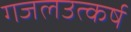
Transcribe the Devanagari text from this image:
गजलउत्कर्ष